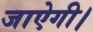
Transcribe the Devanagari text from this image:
जाऐगी।